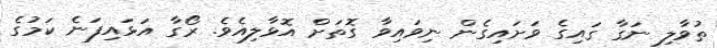
ތުވާލި ނަގާ ގައިގެ ވަށައިގެން ނިވައިވާ ގޮތަށް އޮޅާލިއެވެ. ރޯގާ އަޅައިފަނެ ކަމުގެ